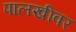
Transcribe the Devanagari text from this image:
पालखीवर